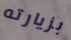
بزيارته